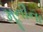
મૂનીના